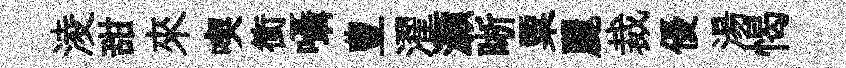
淩甜來喫衝囁豊濯灝晰粟麗裁優湯愒